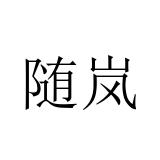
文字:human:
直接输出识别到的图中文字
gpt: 随岚